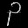
Digit: ၃